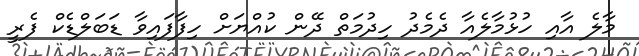
މާލެ އާއި ހުޅުމާލެއާ ދެމެދު ހިދުމަތް ދޭން ކުއްޔަށް ހިފާފައިވާ ޑަބަލްޑެކް ފެރީ